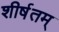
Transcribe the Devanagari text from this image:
शीर्षतम्